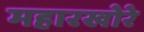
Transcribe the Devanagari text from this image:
महारखोरे